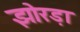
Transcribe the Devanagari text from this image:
झोरड़ा